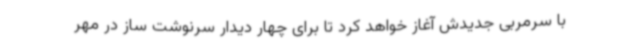
با سرمربی جدیدش آغاز خواهد کرد تا برای چهار دیدار سرنوشت ساز در مهر